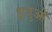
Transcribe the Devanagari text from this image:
क्षत्रुओं